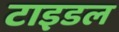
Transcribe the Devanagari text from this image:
टाइडल